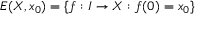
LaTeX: E ( X , x _ { 0 } ) = \{ f : I \to X : f ( 0 ) = x _ { 0 } \}